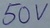
Text: 50V